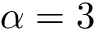
\alpha = 3